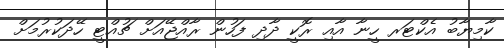
ކާމިޔާބު އެކްޓަރ ހީނާ އާއި ރޮކީ ދާދި ފަހުން ރާއްޖޭއަށް ޗުއްޓީ ހޭދަކުރުމަށް